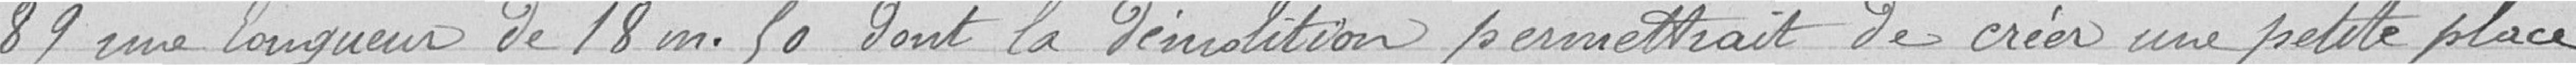
89 une longueur de 18 mètres 50 dont la démolition permettrait de créer une petite place